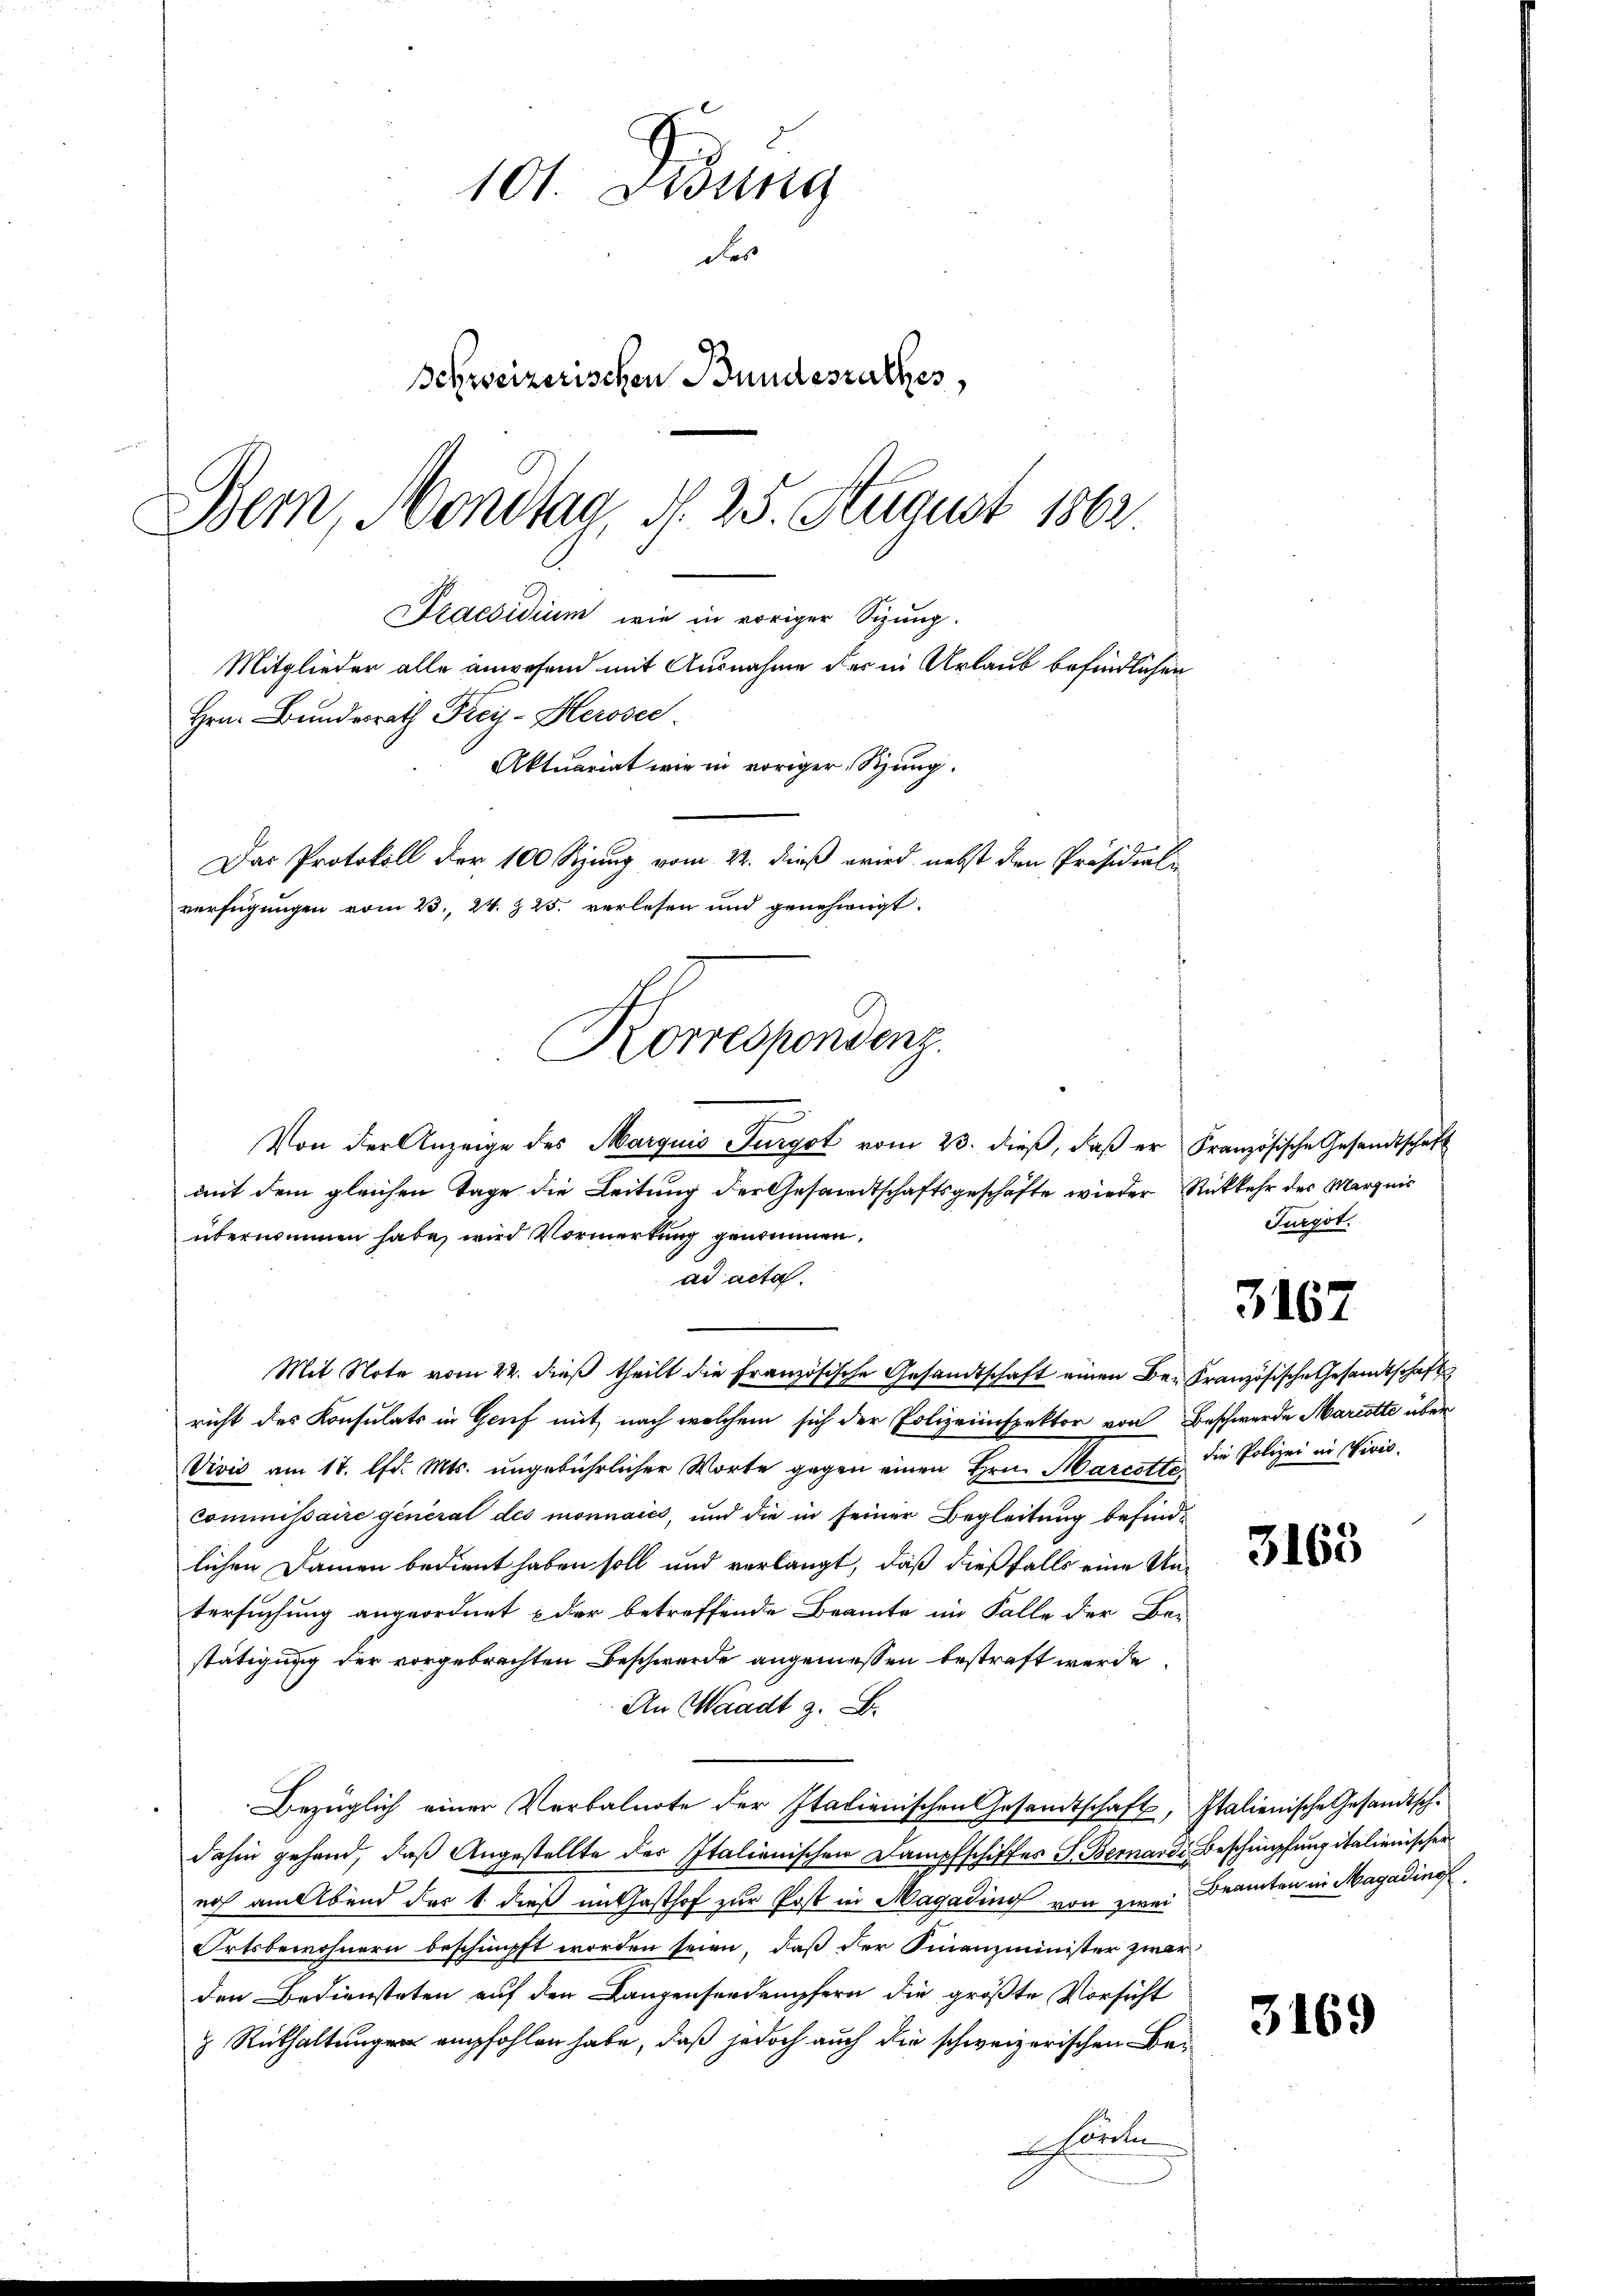
101. Didung
des
Schweizerischen Bundesrathes,
Bern, Montag, d. 25. August 1862.

Praesidium wie in voriger Sizung.
Mitglieder alle anwesend mit Ausnahme der in Urlaub befindlichen
Hrn. Bundesrath Frei-Herosec
Aktuariat wie in voriger Sitzung.
Das Protokoll der 100 Szung vom 22. dieß wird nebst den Präsidial-
verfügungen vom 23., 2. § 25. verlesen und genehmigt.
Konespondenz.

Von der Anzeige des Marquis Furgot vom 23. dieβ, daβ er Französische Gesandtschaft
ait dem gleichen Tage die Leitung der Gesandtschaftsgeschäfte wieder Rückkehr des Margnis
übernommen habe, wird Vormerkung genommen,
ad acta.
Mit Note vom 22. dieß theilt die Französische Gesandtschaft einen Be- Französische Gesandtschaft
richt des Konsulats in Genf mit nach welchem sich der Polizeiinspektor von Beschwerde Mariette über
Vivis am 17. lfd. Mts. ungebührlicher Worte gegen einen Hrn. Marcott die Polizei in Civil-
commissaire general des monnaici, und die in seiner Begleitung befindlichen Damen bedient haben soll und verlangt, daß dießfalls eine Untersuchung angeordnet der betreffende Beamte im Falle der Be-
stätigung der vorgebrachten Beschwerde angemessen bestraft werde.
An Waadt z. B.
Bezüglich einer Verbalnote der Italienischen Gesandtschaft, Italienische Gesandtschdahin gehand, daß Angestellte der Italienischen Dampfschiffes S. Bernardi, Beschimpfung italienischer
noch am Abend der 1 dieß im Gasthof zur Post in Magading von zwei Beamten in Magadino
Ortsbewohnern beschimpft worden seien, daß der Finanzminister zwar
den Bediensteten auf den Langensendempfern die größte Vorsicht
 Rükhaltungen empfohlen habe, daß jedoch auch die schweizerischen Be¬
Härten

Suegot.

3167

3163

3169